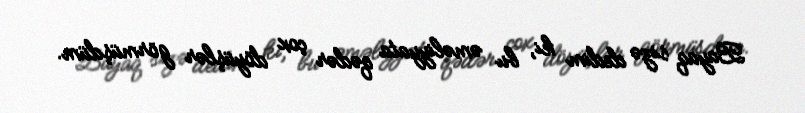
Bayaq sizə dedim ki, bu əməliyyata qədər çox döyüşlər görmüşdüm.